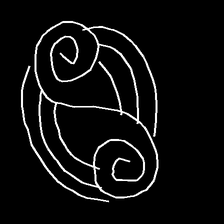
Glyph: wind-underfoot